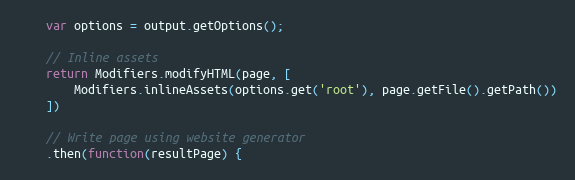
Language: JavaScript
    var options = output.getOptions();

    // Inline assets
    return Modifiers.modifyHTML(page, [
        Modifiers.inlineAssets(options.get('root'), page.getFile().getPath())
    ])

    // Write page using website generator
    .then(function(resultPage) {